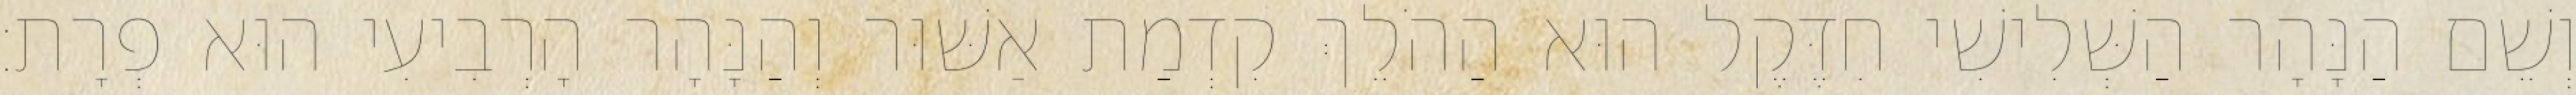
וְשֵׁם הַנָּהָר הַשְּׁלִישִׁי חִדֶּקֶל הוּא הַהֹלֵךְ קִדְמַת אַשּׁוּר וְהַנָּהָר הָרְבִיעִי הוּא פְרָת׃